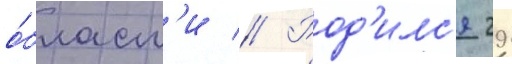
о́бласт'и // Род'илс'я 29